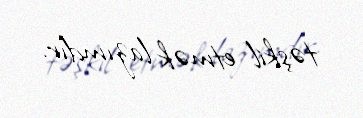
təşkil etmək lazımdır.